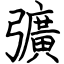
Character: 彍